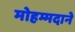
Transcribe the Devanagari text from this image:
मोहम्मदाने